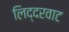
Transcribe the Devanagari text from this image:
लिद्दरवाट